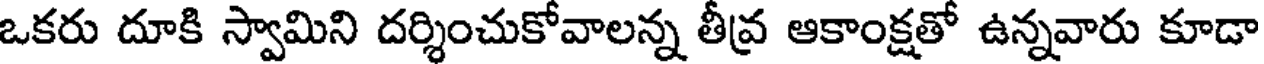
ఒకరు దూకి స్వామిని దర్శించుకోవాలన్న తీవ్ర ఆకాంక్షతో ఉన్నవారు కూడా